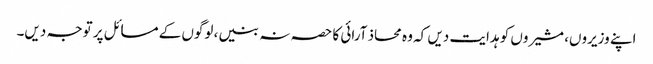
اپنے وزیروں، مشیروں کو ہدایت دیں کہ وہ محاذ آرائی کا حصہ نہ بنیں، لوگوں کے مسائل پر توجہ دیں۔